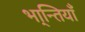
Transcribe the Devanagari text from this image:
भा्न्तियाँ